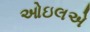
ઓઇલએ